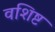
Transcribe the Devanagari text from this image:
वशिष्ट